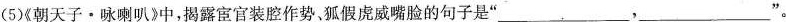
(5)《朝天子·咏喇叭》中，揭露宦官装腔作势，狐假虎威嘴脸的句子是”___，___”。